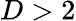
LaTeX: D>2